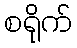
စရိုက်